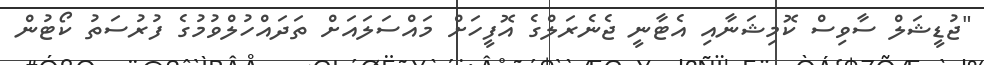
"ޖުޑީޝަލް ސާވިސް ކޮމިޝަނާއި އެޓާނީ ޖެނެރަލްގެ އޮފީހަށް މައްސަލައަށް ތަދައްހުލްވުމުގެ ފުރުސަތު ކޯޓުން